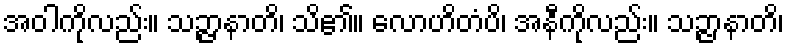
အဝါကိုလည်း။ သဉ္ဇာနာတိ၊ သိ၏။ လောဟိတံပိ၊ အနီကိုလည်း။ သဉ္ဇာနာတိ၊